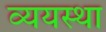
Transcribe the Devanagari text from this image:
व्ययस्था